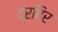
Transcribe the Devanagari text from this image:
द्रविर